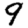
Digit: 9